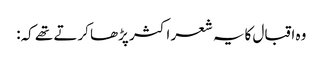
وہ اقبال کایہ شعر اکثر پڑھا کرتے تھے کہ: